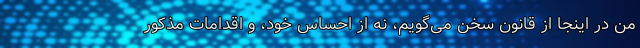
من در اینجا از قانون سخن می‌گویم، نه از احساس خود، و اقدامات مذکور